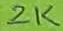
Text: 2K